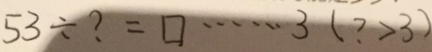
5 3 \div ? = \square \cdots 3 ( ? > 3 )